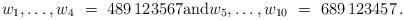
LaTeX: \begin{align*} w_1,\dotsc,w_4\ =\ 489\,123567 \mbox{and} w_5,\dotsc,w_{10}\ =\ 689\,123457\,. \end{align*}